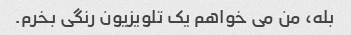
بله، من می خواهم یک تلویزیون رنگی بخرم.